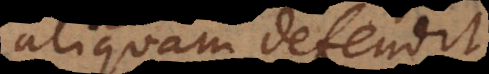
aliquam defendit,